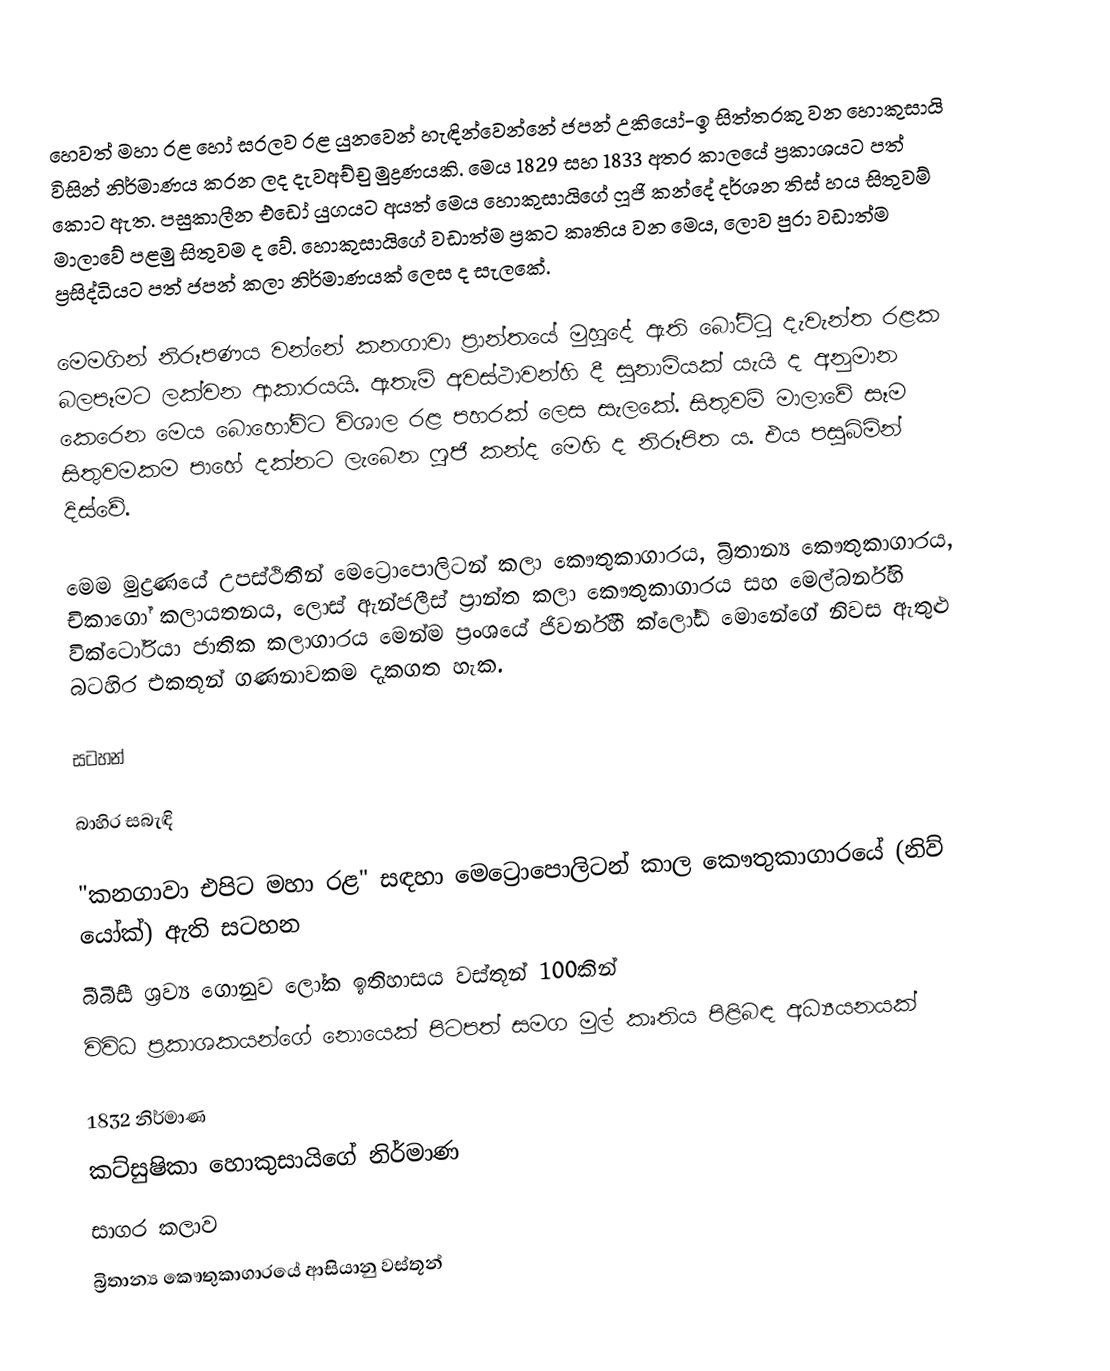
හෙවත් මහා රළ හෝ සරලව රළ යුනවෙන් හැඳින්වෙන්නේ ජපන් උකියෝ-ඉ සිත්තරකු වන හොකුසායි විසින් නිර්මාණය කරන ලද දැවඅච්චු මුද්‍රණයකි. මෙය 1829 සහ 1833 අතර කාලයේ ප්‍රකාශයට පත් කොට ඇත. පසුකාලීන එඩෝ යුගයට අයත් මෙය  හොකුසායිගේ ෆූජි කන්දේ දර්ශන තිස් හය සිතුවම් මාලාවේ පළමු සිතුවම ද වේ. හොකුසායිගේ වඩාත්ම ප්‍රකට කෘතිය වන මෙය, ලොව පුරා වඩාත්ම ප්‍රසිද්ධියට පත් ජපන් කලා නිර්මාණයක් ලෙස ද සැලකේ.

මෙමගින් නිරූපණය වන්නේ කනගාවා ප්‍රාන්තයේ මුහුදේ ඇති බෝට්ටු දැවැන්ත රළක බලපෑමට ලක්වන ආකාරයයි. ඇතැම් අවස්ථාවන්හි දී සුනාමියක් යැයි ද අනුමාන කෙරෙන මෙය බොහෝවිට විශාල රළ පහරක් ලෙස සැලකේ. සිතුවම් මාලාවේ සෑම සිතුවමකම පාහේ දක්නට ලැබෙන ෆූජි කන්ද මෙහි ද නිරූපිත ය. එය පසුබිමින් දිස්වේ.

මෙම මුද්‍රණයේ උපස්ථිතීන් මෙට්‍රොපොලිටන් කලා කෞතුකාගාරය, බ්‍රිතාන්‍ය කෞතුකාගාරය, චිකාගෝ කලායතනය, ලොස් ඇන්ජලීස් ප්‍රාන්ත කලා කෞතුකාගාරය සහ මෙල්බර්න්හි වික්ටෝරියා ජාතික කලාගාරය මෙන්ම ප්‍රංශයේ ජිවර්නිහි ක්ලෝඩ් මොනේගේ නිවස ඇතුළු බටහිර එකතූන් ගණනාවකම දැකගත හැක.

සටහන්

බාහිර සබැඳි

 "කනගාවා එපිට මහා රළ" සඳහා මෙට්‍රොපොලිටන් කාල කෞතුකාගාරයේ (නිව් යෝක්) ඇති සටහන
 බීබීසී ශ්‍රව්‍ය ගොනුව ලෝක ඉතිහාසය වස්තූන් 100කින්
 විවිධ ප්‍රකාශකයන්ගේ නොයෙක් පිටපත් සමග මුල් කෘතිය පිළිබඳ අධ්‍යයනයක්

1832 නිර්මාණ
කට්සුෂිකා හොකුසායිගේ නිර්මාණ
සාගර කලාව
බ්‍රිතාන්‍ය කෞතුකාගාරයේ ආසියානු වස්තූන්